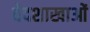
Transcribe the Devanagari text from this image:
वेदशाखाओं